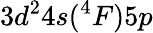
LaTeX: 3d^{2}4s(^{4}F)5p